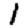
Digit: 1